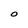
Character: O